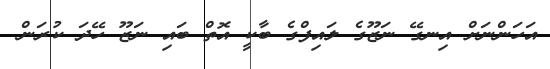
އަހަންނަށް އިނގޭ ނަޒޫގެ ލައިފްގެ ބާކީ އޮތް ބައި ނަޒޫ ހޭދަ ކުރަން